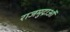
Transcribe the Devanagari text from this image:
राजमुद्राओं